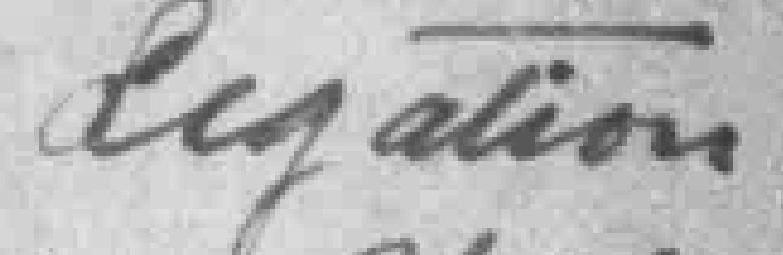
legation